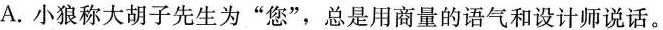
A.小狼称大胡子先生为”您”，总是用商量的语气和设计师说话。